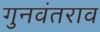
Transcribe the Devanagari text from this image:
गुनवंतराव